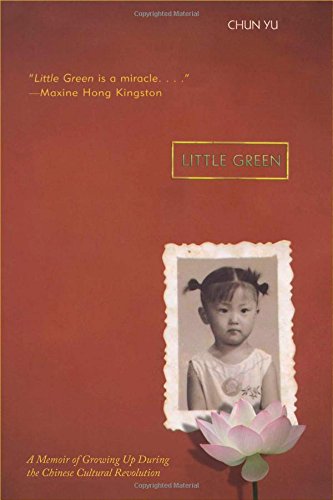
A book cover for Little Green: A Memoir of Growing Up During the Chinese Cultural Revolution; Chun Yu; Children's Books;